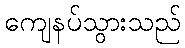
ကျေနပ်သွားသည်